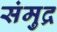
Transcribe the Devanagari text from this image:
संमुद्र